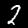
Label: 2